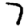
Digit: 7